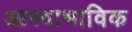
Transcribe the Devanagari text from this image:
आस्वाभाविक